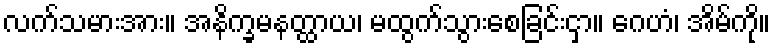
လက်သမားအား။ အနိက္ခမနတ္ထာယ၊ မထွက်သွားစေခြင်းငှာ။ ဂေဟံ၊ အိမ်ကို။